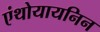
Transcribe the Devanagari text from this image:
एंथोयायनिन